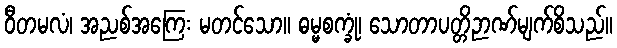
ဝီတမလံ၊ အညစ်အကြေး မတင်သော။ ဓမ္မစက္ခုံ၊ သောတာပတ္တိဉာဏ်မျက်စိသည်။